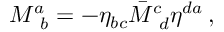
M _ { \, \, \, b } ^ { a } = - \eta _ { b c } \bar { M } _ { \, \, \, d } ^ { c } \eta ^ { d a } \, ,